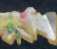
কার্কশ্য